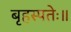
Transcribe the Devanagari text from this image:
बृहस्पतेः॥